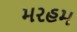
મરહમ